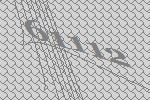
61112